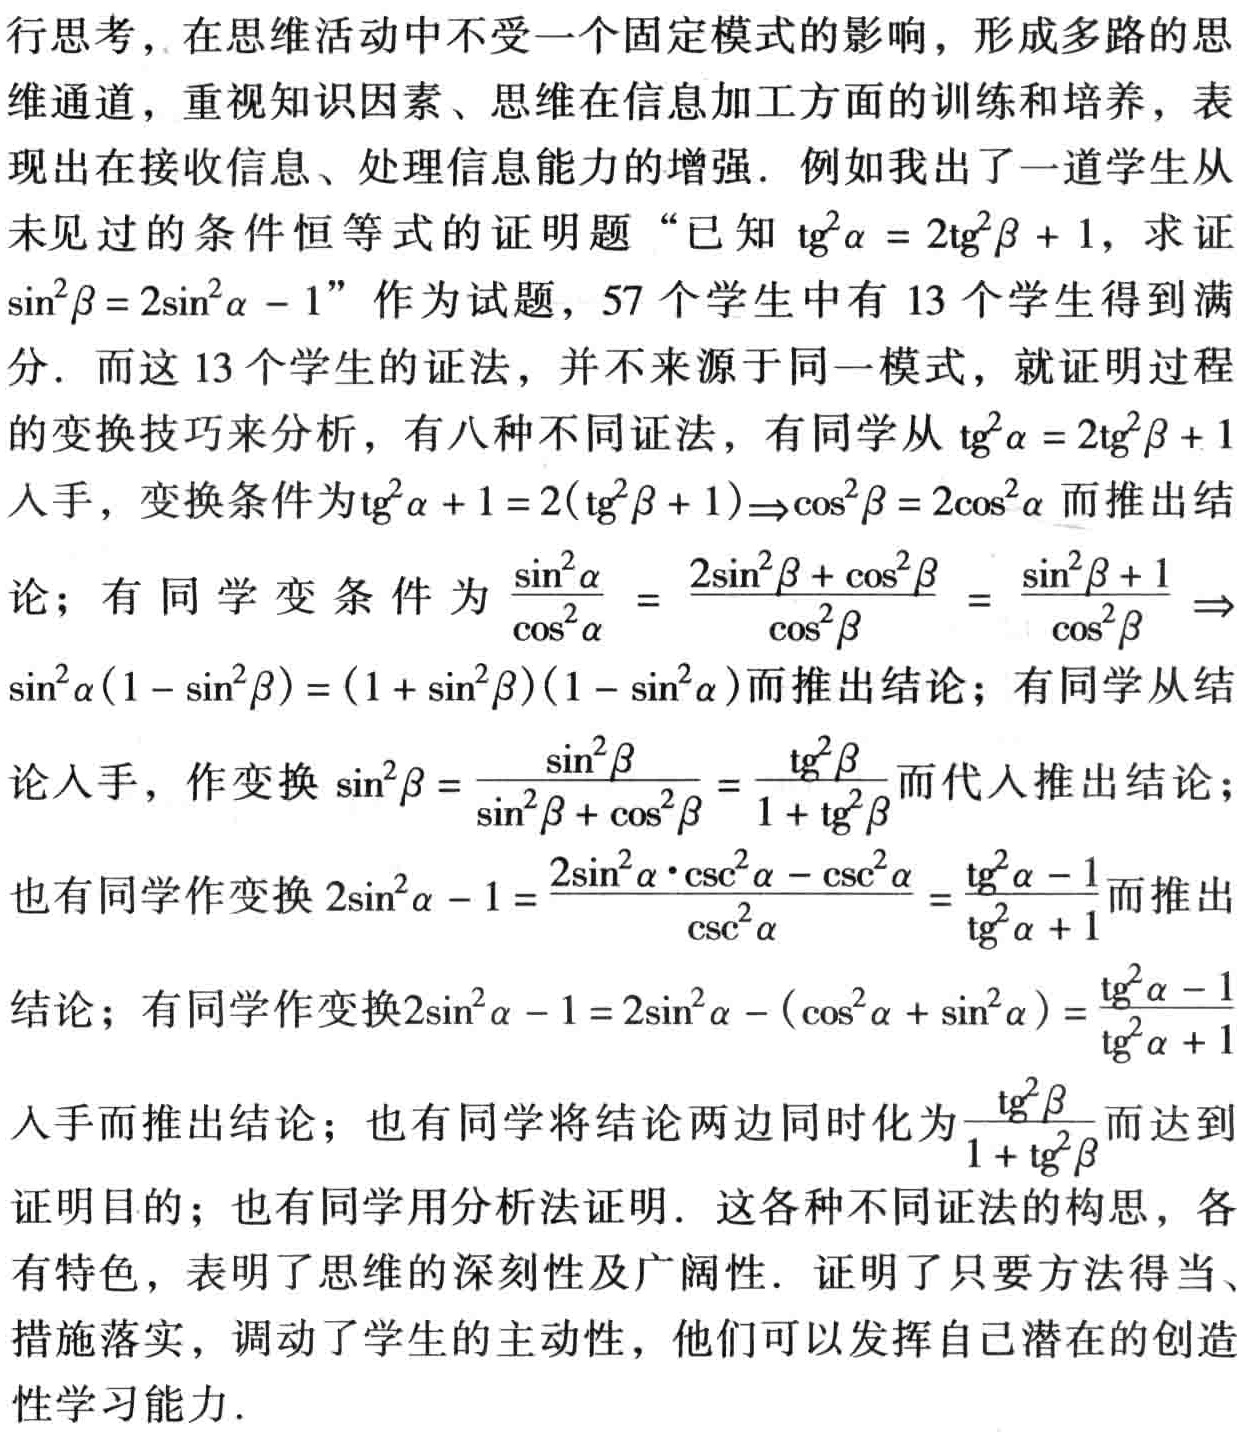
行思考，在思维活动中不受一个固定模式的影响，形成多路的思

维通道，重视知识因素、思维在信息加工方面的训练和培养，表

现出在接收信息、处理信息能力的增强. 例如我出了一道学生从

未见过的条件恒等式的证明题 “已知$\mathrm{tg}^{2}\alpha = 2\mathrm{tg}^{2}\beta + 1$，求证

$\sin^{2}\beta = 2\sin^{2}\alpha - 1$” 作为试题，57 个学生中有 13 个学生得到满

分. 而这 13 个学生的证法，并不来源于同一模式，就证明过程

的变换技巧来分析，有八种不同证法，有同学从$\mathrm{tg}^{2}\alpha = 2\mathrm{tg}^{2}\beta + 1$

入手，变换条件为$\mathrm{tg}^{2}\alpha + 1 = 2(\mathrm{tg}^{2}\beta + 1)\Rightarrow\cos^{2}\beta = 2\cos^{2}\alpha$而推出结

论；有同学变条件为$\frac{\sin^{2}\alpha}{\cos^{2}\alpha}=\frac{2\sin^{2}\beta+\cos^{2}\beta}{\cos^{2}\beta}=\frac{\sin^{2}\beta + 1}{\cos^{2}\beta}\Rightarrow$

$\sin^{2}\alpha(1 - \sin^{2}\beta) = (1 + \sin^{2}\beta)(1 - \sin^{2}\alpha)$而推出结论；有同学从结

论入手，作变换$\sin^{2}\beta=\frac{\sin^{2}\beta}{\sin^{2}\beta+\cos^{2}\beta}=\frac{\mathrm{tg}^{2}\beta}{1+\mathrm{tg}^{2}\beta}$而代入推出结论；

也有同学作变换$2\sin^{2}\alpha - 1=\frac{2\sin^{2}\alpha\cdot\csc^{2}\alpha-\csc^{2}\alpha}{\csc^{2}\alpha}=\frac{\mathrm{tg}^{2}\alpha - 1}{\mathrm{tg}^{2}\alpha + 1}$而推出

结论；有同学作变换$2\sin^{2}\alpha - 1 = 2\sin^{2}\alpha - (\cos^{2}\alpha + \sin^{2}\alpha)=\frac{\mathrm{tg}^{2}\alpha - 1}{\mathrm{tg}^{2}\alpha + 1}$

入手而推出结论；也有同学将结论两边同时化为$\frac{\mathrm{tg}^{2}\beta}{1+\mathrm{tg}^{2}\beta}$而达到

证明目的；也有同学用分析法证明. 这各种不同证法的构思，各

有特色，表明了思维的深刻性及广阔性. 证明了只要方法得当、

措施落实，调动了学生的主动性，他们可以发挥自己潜在的创造

性学习能力.